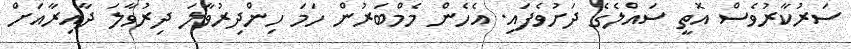
ސަރުކާރުވެސް އޮތީ ސައްލެގެ ދަށުވެފައި. އެހެން މެމްބަރުން ހަމަ ހިންދިރުވާލަ ދިރުވާލަ ދާއިރާއަށް